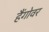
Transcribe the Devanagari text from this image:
हैंगोवर